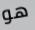
هو